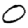
Digit: 0